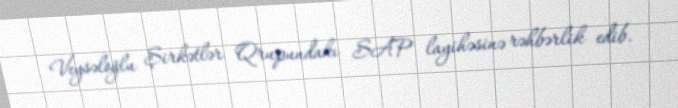
Veysəloğlu Şirkətlər Qrupundakı SAP layihəsinə rəhbərlik edib.